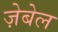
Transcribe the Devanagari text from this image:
ज़ेबेल